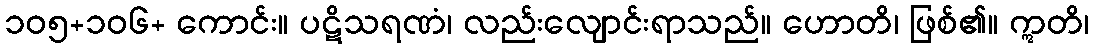
၁၀၅+၁၀၆+ ကောင်း။ ပဋိသရဏံ၊ လည်းလျောင်းရာသည်။ ဟောတိ၊ ဖြစ်၏။ ဣတိ၊